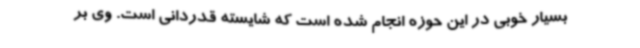
بسیار خوبی در این حوزه انجام شده است که شایسته قدردانی است. وی بر